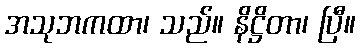
အသုဘကထာ၊ သည်။ နိဋ္ဌိတာ၊ ပြီ။